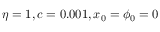
\eta = 1 , c = 0 . 0 0 1 , x _ { 0 } = \phi _ { 0 } = 0